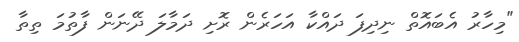
"މިހާރު އެބައޮތް ނިދިފަ ދައްކާ އަހަރެން ރޮށި ދަމާލަ ދޭނަން ފާތުމަ ތިތާ